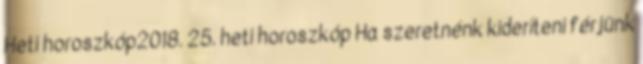
Heti horoszkóp2018. 25. heti horoszkóp Ha szeretnénk kideríteni férjünk